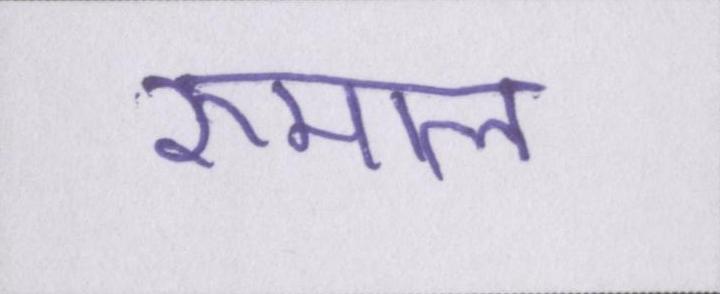
रुमाल